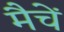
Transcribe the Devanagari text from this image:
मैचें